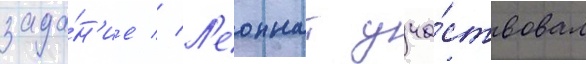
зада́н'ие // Л'еоннат уча́ствовал